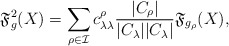
\begin{align*}\mathfrak{F}^2_g(X)=\sum_{\rho\in \mathcal{I}}c_{\lambda\lambda}^\rho\frac{|C_\rho|}{|C_\lambda||C_\lambda|}\mathfrak{F}_{g_\rho}(X),\end{align*}